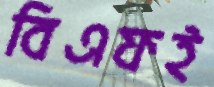
বিএফই